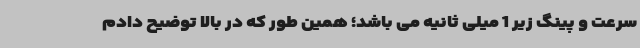
سرعت و پینگ زیر 1 میلی ثانیه می باشد؛ همین طور که در بالا توضیح دادم